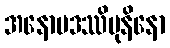
အနောမဒဿိမုနိနော